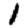
Digit: 1